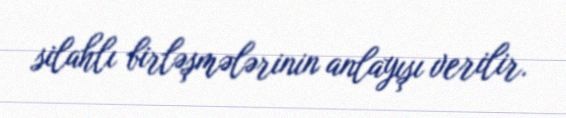
silahlı birləşmələrinin anlayışı verilir.